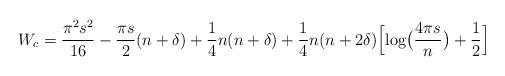
LaTeX: \begin{align*}W_c= {\pi^2 s^2\over 16} - {\pi s\over 2}(n+\delta) + {1\over 4}n(n+\delta)+{1\over 4}n(n+2\delta)\Bigl[\log\bigl({4\pi s\over n}\bigr)+{1\over 2}\Bigr] \end{align*}